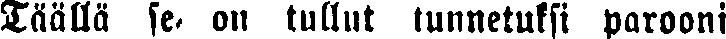
Täällä se on tullut tunnetuksi parooni